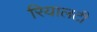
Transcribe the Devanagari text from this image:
रियालटी